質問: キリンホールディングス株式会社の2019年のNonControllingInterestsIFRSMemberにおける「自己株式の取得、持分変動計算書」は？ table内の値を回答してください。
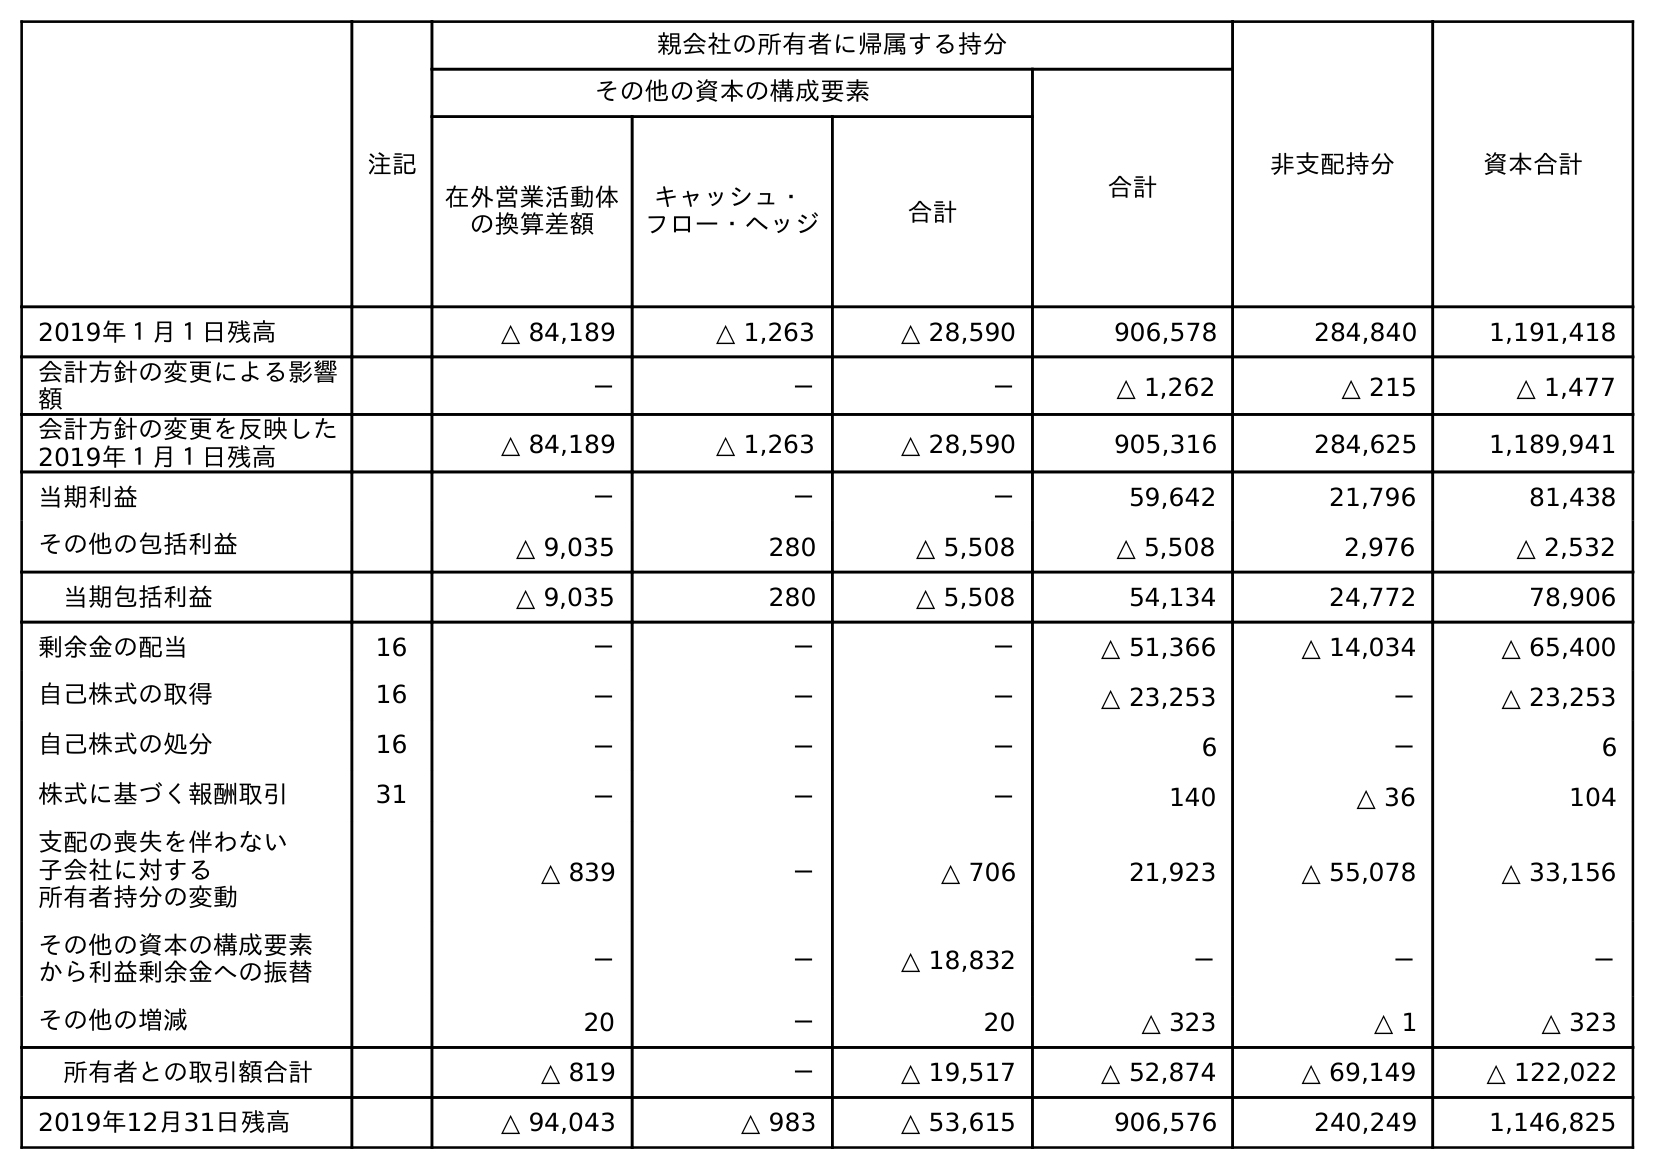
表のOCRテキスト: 注記 親会社の所有者に帰属する持分 非支配持分 資本合計 その他の資本の構成要素 合計 在外営業活動体 の換算差額 キャッシュ・ フロー・ヘッジ 合計 2019年１月１日残高 △ 84,189 △ 1,263 △ 28,590 906,578 284,840 1,191,418 会計方針の変更による影響 額 － － － △ 1,262 △ 215 △ 1,477 会計方針の変更を反映した 2019年１月１日残高 △ 84,189 △ 1,263 △ 28,590 905,316 284,625 1,189,941 当期利益 － － － 59,642 21,796 81,438 その他の包括利益 △ 9,035 280 △ 5,508 △ 5,508 2,976 △ 2,532 当期包括利益 △ 9,035 280 △ 5,508 54,134 24,772 78,906 剰余金の配当 16 － － － △ 51,366 △ 14,034 △ 65,400 自己株式の取得 16 － － － △ 23,253 － △ 23,253 自己株式の処分 16 － － － 6 － 6 株式に基づく報酬取引 31 － － － 140 △ 36 104 支配の喪失を伴わない 子会社に対する 所有者持分の変動 △ 839 － △ 706 21,923 △ 55,078 △ 33,156 その他の資本の構成要素 から利益剰余金への振替 － － △ 18,832 － － － その他の増減 20 － 20 △ 323 △ 1 △ 323 所有者との取引額合計 △ 819 － △ 19,517 △ 52,874 △ 69,149 △ 122,022 2019年12月31日残高 △ 94,043 △ 983 △ 53,615 906,576 240,249 1,146,825
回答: －